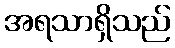
အရသာရှိသည်